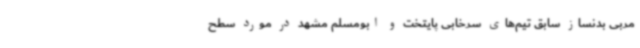
مربی بدنساز سابق تیم‌های سرخابی پایتخت و ابومسلم مشهد در مورد سطح